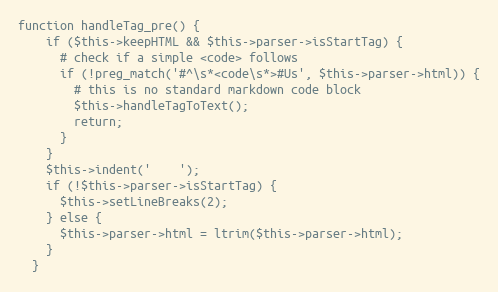
Language: PHP
function handleTag_pre() {
    if ($this->keepHTML && $this->parser->isStartTag) {
      # check if a simple <code> follows
      if (!preg_match('#^\s*<code\s*>#Us', $this->parser->html)) {
        # this is no standard markdown code block
        $this->handleTagToText();
        return;
      }
    }
    $this->indent('    ');
    if (!$this->parser->isStartTag) {
      $this->setLineBreaks(2);
    } else {
      $this->parser->html = ltrim($this->parser->html);
    }
  }